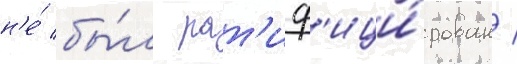
н'е́ бы́л рат'иф'ици́рован /